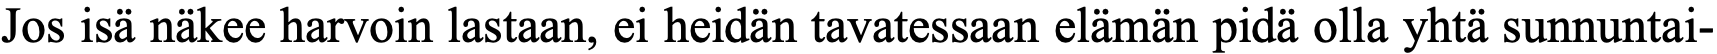
Jos isä näkee harvoin lastaan, ei heidän tavatessaan elämän pidä olla yhtä sunnuntai-